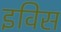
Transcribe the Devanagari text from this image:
इविस